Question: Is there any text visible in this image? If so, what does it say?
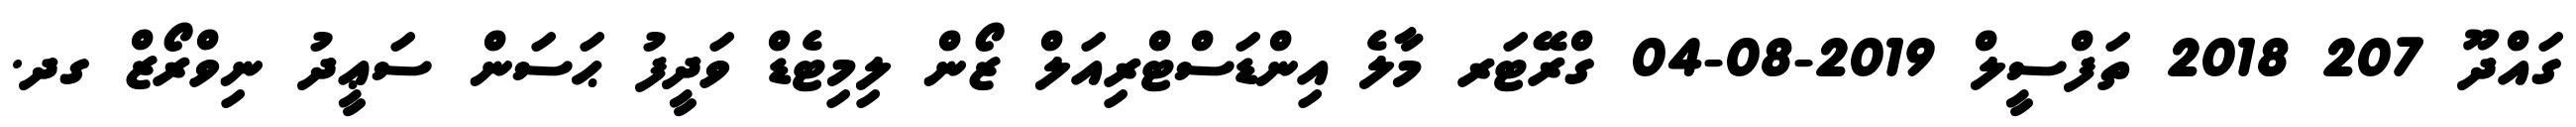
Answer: ގައްދޫ 207 2018 ތަފްސީލް 2019-08-04 ގްރޭޓަރ މާލެ އިންޑަސްޓްރިއަލް ޒޯން ލިމިޓެޑް ވަދީފު ޙަސަން ސަޢީދު ނިވްރޯޒް ގދ.